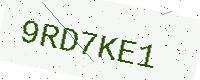
Text: 9RD7KE1